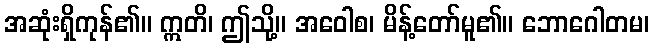
အဆုံးရှိကုန်၏။ ဣတိ၊ ဤသို့။ အဝေါစ၊ မိန့်တော်မူ၏။ ဘောဂေါတမ၊